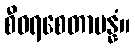
စီဝရစေတာပန္နံ။